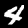
Digit: 4